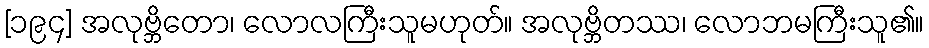
[၁၉၄] အလုဗ္ဘိတော၊ လောလကြီးသူမဟုတ်။ အလုဗ္ဘိတဿ၊ လောဘမကြီးသူ၏။